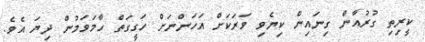
ކީރިތި ގުރުއާން ގިނައިން ކިޔެވި ވަރަކަށް އަހަންނަށް ހަގީގަތް ހާމަވަމުން ދިޔަ އެވެ.